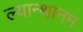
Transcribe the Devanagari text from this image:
ल्यान्थानम